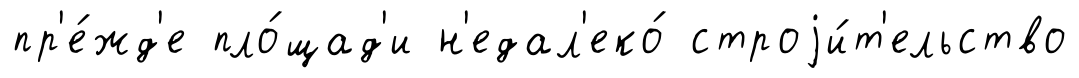
пр'е́жд'е пло́щад'и н'едал'еко́ строjи́т'ельство